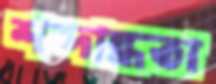
শব্দান্ধতা